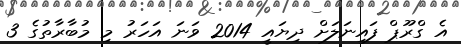
އެ ގްރޫޕް ފައިނަލަށް ދިޔައީ 2014 ވަނަ އަހަރު މި މުބާރާތުގެ 3